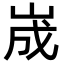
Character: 𡷫